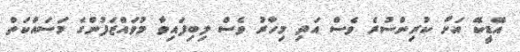
އޭޑީކޭ އަށް ކުރިންސުރެ ވެސް އަދި މިހާރު ވެސް ލިބިފައިވާ މުވައްޒަފުންގެ މަސައްކަތް